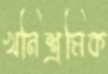
খনিশ্রমিক